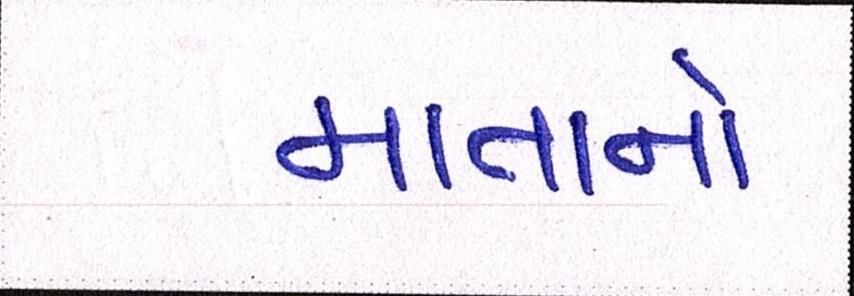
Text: માતાનો